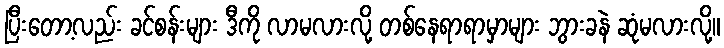
ပြီးတော့လည်း ခင်စန်းများ ဒီကို လာမလားလို့ တစ်နေရာရာမှာများ ဘွားခနဲ ဆုံမလားလို့။